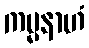
ကမ္မနာဟံ